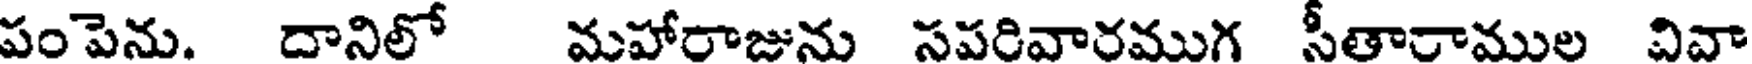
పంపెను. దానిలో మహారాజును సపరివారముగ సీతారాముల వివా